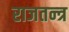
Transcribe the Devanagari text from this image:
राजतन्‍त्र